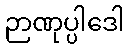
ဉာဏုပ္ပါဒေါ